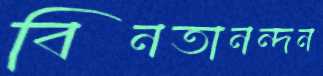
বিনতানন্দন